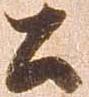
公